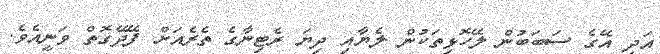
އަދި އޭގެ ސަބަބުން ލޭހޮޅިތަކުން ލެޔާއި ދިޔަ ރެޓިނާގެ ތެރެއަށް ފޭދޭގޮތް ވަނީއެވެ.